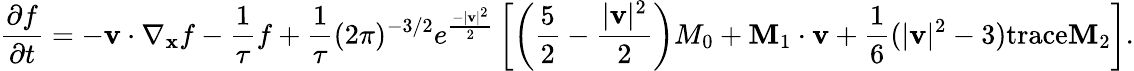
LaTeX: \frac{\partial f}{\partial t}=-\mathbf{v}\cdot\nabla_{\mathbf{x}}f-\frac{1}{\tau}f+\frac{1}{\tau}(2\pi)^{-3/2}e^{\frac{-|\mathbf{v}|^{2}}{2}}\left[\left(\frac{5}{2}-\frac{|\mathbf{v}|^{2}}{2}\right)M_{0}+\mathbf{M}_{1}\cdot\mathbf{v}+\frac{1}{6}(|\mathbf{v}|^{2}-3)\mathrm{trace}\mathbf{M}_{2}\right].